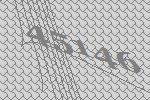
45146